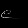
Digit: ၉